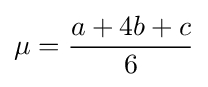
\mu ={\frac {a+4b+c}{6}}